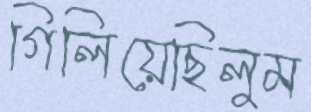
গিলিয়েছিলুম